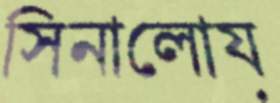
সিনালোয়